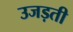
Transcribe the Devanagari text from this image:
उजड़ती